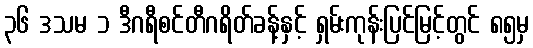
၃၆ ဒသမ ၁ ဒီဂရီစင်တီဂရိတ်ခန့်နှင့် ရှမ်းကုန်းပြင်မြင့်တွင် ၈၅မှ